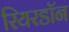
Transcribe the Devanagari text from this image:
रियरडॉन